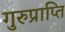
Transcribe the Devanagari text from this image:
गुरुप्राप्ति